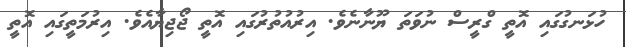
ހުޅަނގުގައި އޮތީ ގްރީސް ނުވަތަ ޔޫނާނެވެ. އިރުއުތުރުގައި އޮތީ ޖޯޖިޔާއެވެ. އިރުމަތީގައި އޮތީ